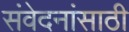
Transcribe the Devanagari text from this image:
संवेदनांसाठी